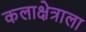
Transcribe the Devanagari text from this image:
कलाक्षेत्राला